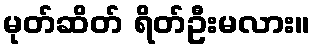
မုတ်ဆိတ် ရိတ်ဦးမလား။